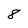
Character: 8